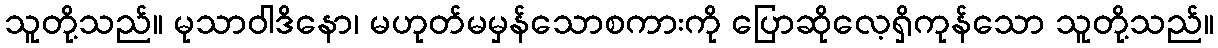
သူတို့သည်။ မုသာဝါဒိနော၊ မဟုတ်မမှန်သောစကားကို ပြောဆိုလေ့ရှိကုန်သော သူတို့သည်။